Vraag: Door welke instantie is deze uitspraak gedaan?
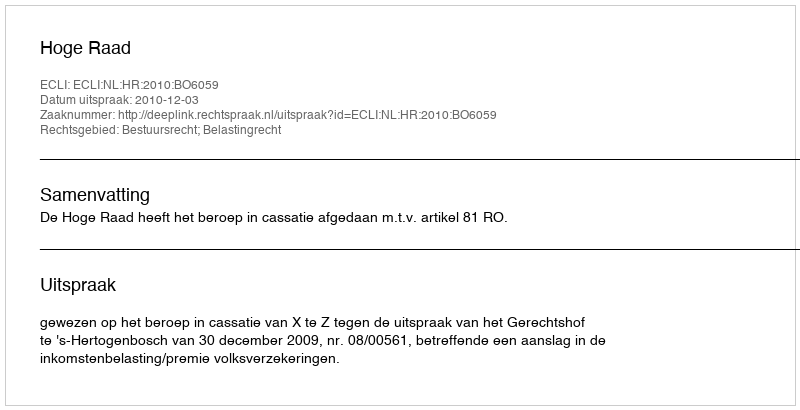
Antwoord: Hoge Raad